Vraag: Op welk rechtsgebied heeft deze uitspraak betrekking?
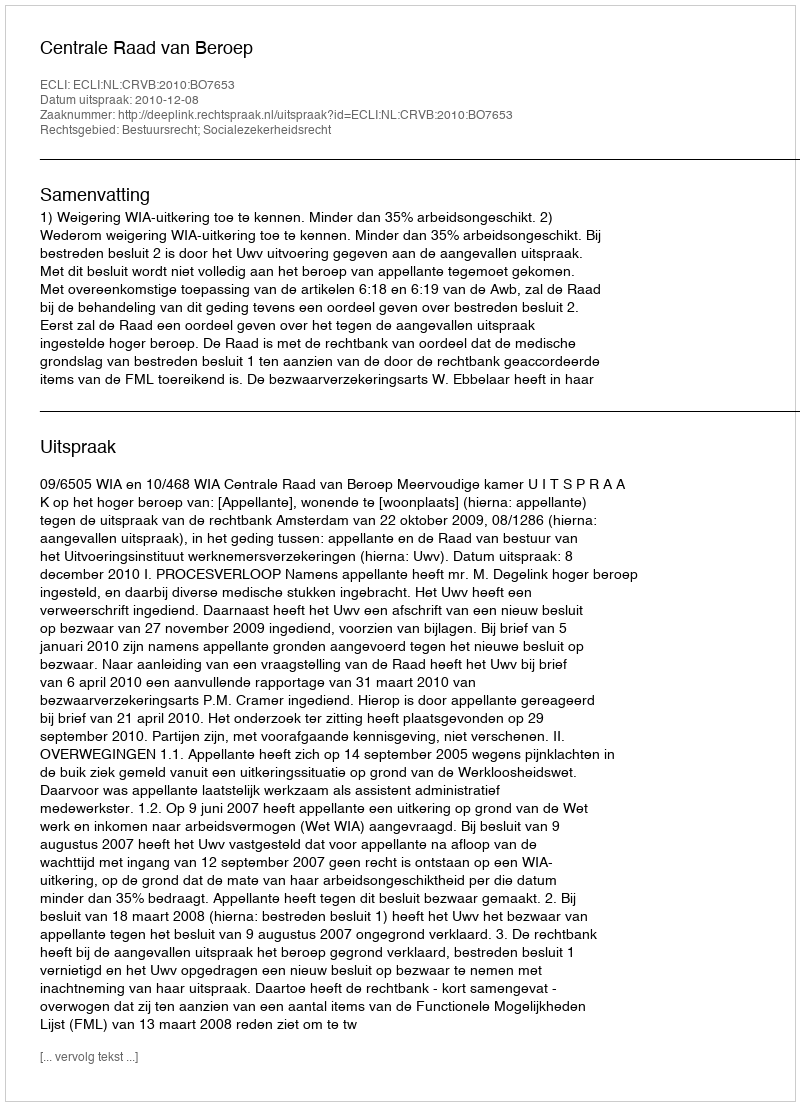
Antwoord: Bestuursrecht; Socialezekerheidsrecht